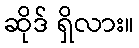
ဆိုဒ် ရှိလား။